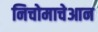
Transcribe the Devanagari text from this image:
निचोमाचेआन